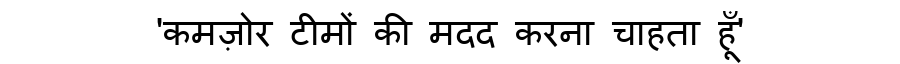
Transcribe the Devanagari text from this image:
'कमज़ोर टीमों की मदद करना चाहता हूँ'